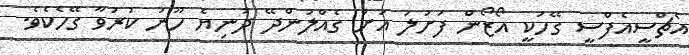
އެޗްސީއެފްސީ ގޭހަކީ އޯޒޯން ފަށަލަ އަށް ގެއްލުންދޭ ދުނިޔެ ހޫނު ކުރުވާ ގޭހެކެވެ.